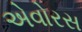
એવોરસ